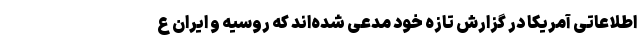
اطلاعاتی آمریکا در گزارش تازه خود مدعی شده‌اند که روسیه و ایران ع